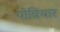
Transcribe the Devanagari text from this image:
पोन्नियार